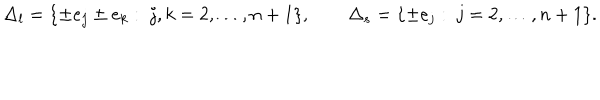
\Delta _ { l } = \{ \pm e _ { j } \pm e _ { k } : \ j , k = 2 , \ldots , n + 1 \} , \qquad \Delta _ { s } = \{ \pm e _ { j } : \ j = 2 , \ldots , n + 1 \} .